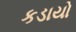
કડાયો